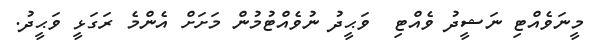
މީނަވެއްޓި ނަޝީދު ވެއްޓި  ވަޙީދު ނުވެއްޓުމުން މަށަށް އެންމެ ރަގަޅީ ވަޙީދު.